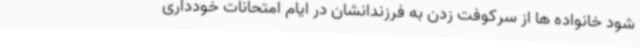
شود خانواده ها از سرکوفت زدن به فرزندانشان در ایام امتحانات خودداری